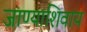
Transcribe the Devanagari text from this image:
जाण्याशिवाय